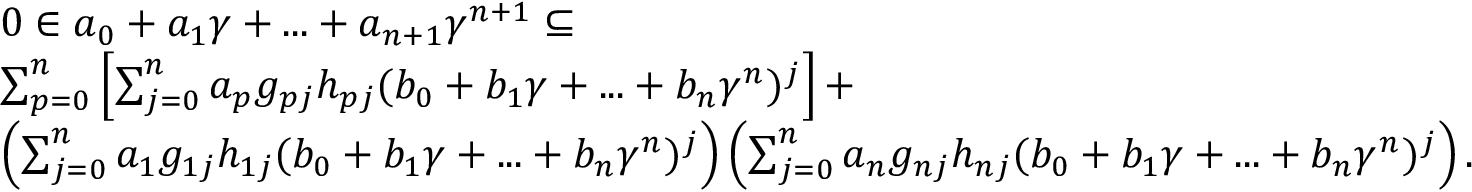
\begin{array} { r l } & { 0 \in a _ { 0 } + a _ { 1 } \gamma + . . . + a _ { n + 1 } \gamma ^ { n + 1 } \subseteq } \\ & { \sum _ { p = 0 } ^ { n } \left[ \sum _ { j = 0 } ^ { n } a _ { p } g _ { p j } h _ { p j } ( b _ { 0 } + b _ { 1 } \gamma + . . . + b _ { n } \gamma ^ { n } ) ^ { j } \right] + } \\ & { \left( \sum _ { j = 0 } ^ { n } a _ { 1 } g _ { 1 j } h _ { 1 j } ( b _ { 0 } + b _ { 1 } \gamma + . . . + b _ { n } \gamma ^ { n } ) ^ { j } \right) \left( \sum _ { j = 0 } ^ { n } a _ { n } g _ { n j } h _ { n j } ( b _ { 0 } + b _ { 1 } \gamma + . . . + b _ { n } \gamma ^ { n } ) ^ { j } \right) . } \end{array}